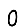
Digit: 0